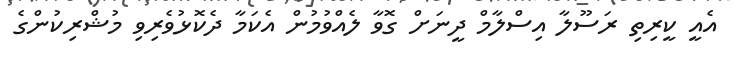
އެއީ ކީރިތި ރަސޫލާ އިސްލާމް ދީނަށް ގޮވާ ލެއްވުމުން އެކަމާ ދެކޮޅުވެރިވި މުޝްރިކުންގެ